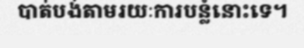
បាត់បង់តាមរយៈការបន្លំនោះទេ។